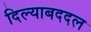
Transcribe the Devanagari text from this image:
दिल्याबददल